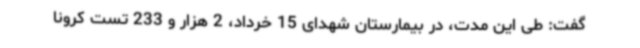
گفت: طی این مدت، در بیمارستان شهدای 15 خرداد، 2 هزار و 233 تست کرونا